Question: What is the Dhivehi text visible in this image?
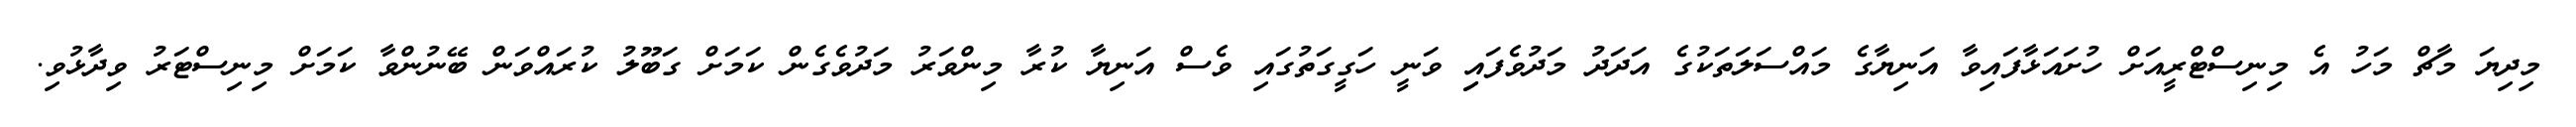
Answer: މިދިޔަ މާޗް މަހު އެ މިނިސްޓްރީއަށް ހުށައަޅާފައިވާ އަނިޔާގެ މައްސަލަތަކުގެ އަދަދު މަދުވެފައިި ވަނީ ހަގީގަތުގައި ވެސް އަނިޔާ ކުރާ މިންވަރު މަދުވެގެން ކަމަށް ގަބޫލު ކުރައްވަން ބޭނުންވާ ކަމަށް މިނިސްޓަރު ވިދާޅުވި.